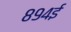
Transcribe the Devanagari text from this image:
८९४ई